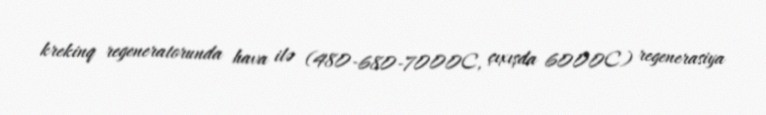
krekinq regeneratorunda hava ilə (480-680-7000C, çıxışda 6000C) regenerasiya